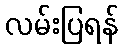
လမ်းပြရန်